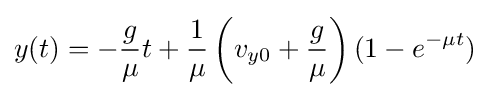
y(t)=-{\frac {g}{\mu }}t+{\frac {1}{\mu }}\left(v_{y0}+{\frac {g}{\mu }}\right)(1-e^{-\mu t})